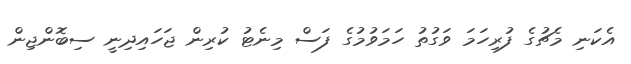
އެކަނި މެޗުގެ ފުރިހަމަ ވަގުތު ހަމަވުމުގެ ފަސް މިނެޓު ކުރިން ޖަހައިދިނީ ސިބޮންޖިން